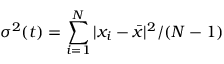
\sigma ^ { 2 } ( t ) = \sum _ { i = 1 } ^ { N } \vert x _ { i } - \bar { x } \vert ^ { 2 } / ( N - 1 )